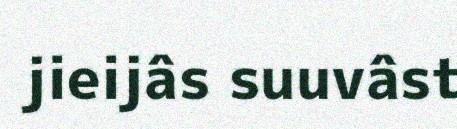
jieijâs suuvâst